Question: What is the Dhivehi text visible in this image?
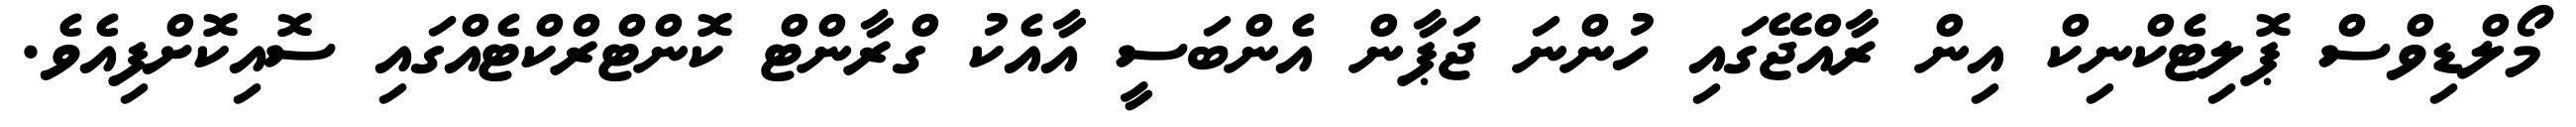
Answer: މޯލްޑިވްސް ޕޮލިޓެކްނިކް އިން ރާއްޖޭގައި ހުންނަ ޖަޕާން އެންބަސީ އާއެކު ގްރާންޓް ކޮންޓްރްކްޓެއްގައި ސޮއިކޮށްފިއެވެ.